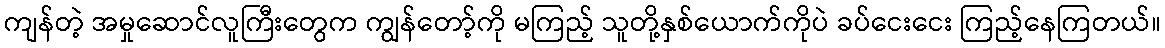
ကျန်တဲ့ အမှုဆောင်လူကြီးတွေက ကျွန်တော့်ကို မကြည့် သူတို့နှစ်ယောက်ကိုပဲ ခပ်ငေးငေး ကြည့်နေကြတယ်။